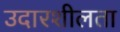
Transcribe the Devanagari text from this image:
उदारशीलता